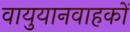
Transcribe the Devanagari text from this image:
वायुयानवाहकों